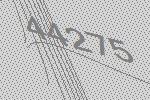
44275